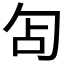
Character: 𭅇